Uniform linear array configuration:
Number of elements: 24
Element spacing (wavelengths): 0.25
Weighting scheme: blackman
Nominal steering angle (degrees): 0
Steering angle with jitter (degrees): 0.2692
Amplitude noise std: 0.05
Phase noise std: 0.05

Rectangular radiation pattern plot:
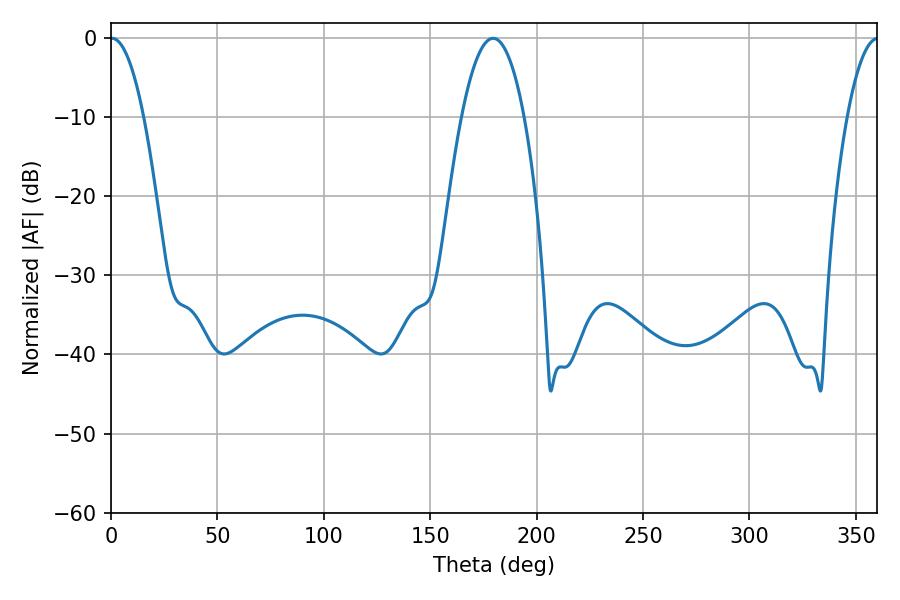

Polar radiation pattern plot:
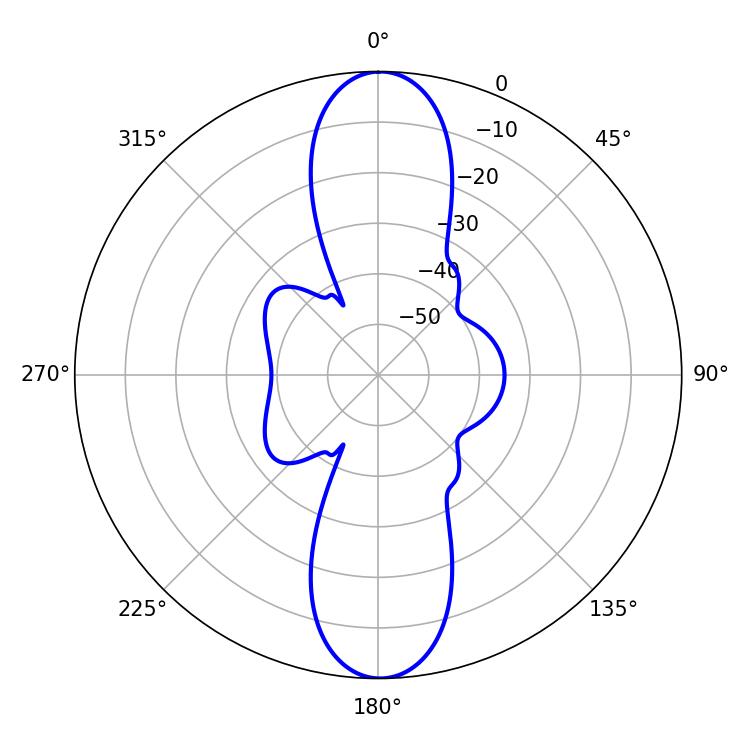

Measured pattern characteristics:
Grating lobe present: FALSE
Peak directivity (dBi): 25.218
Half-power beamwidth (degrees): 8.64
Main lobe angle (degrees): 0.36